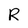
Character: R